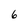
Character: 6